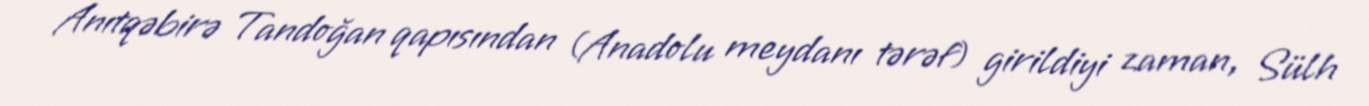
Anıtqəbirə Tandoğan qapısından (Anadolu meydanı tərəf) girildiyi zaman, Sülh